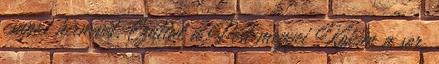
csapat hírnevét. Ezúttal a Pest megyei Kókán a sor,